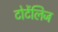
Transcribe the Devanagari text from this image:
टोर्टेलिज